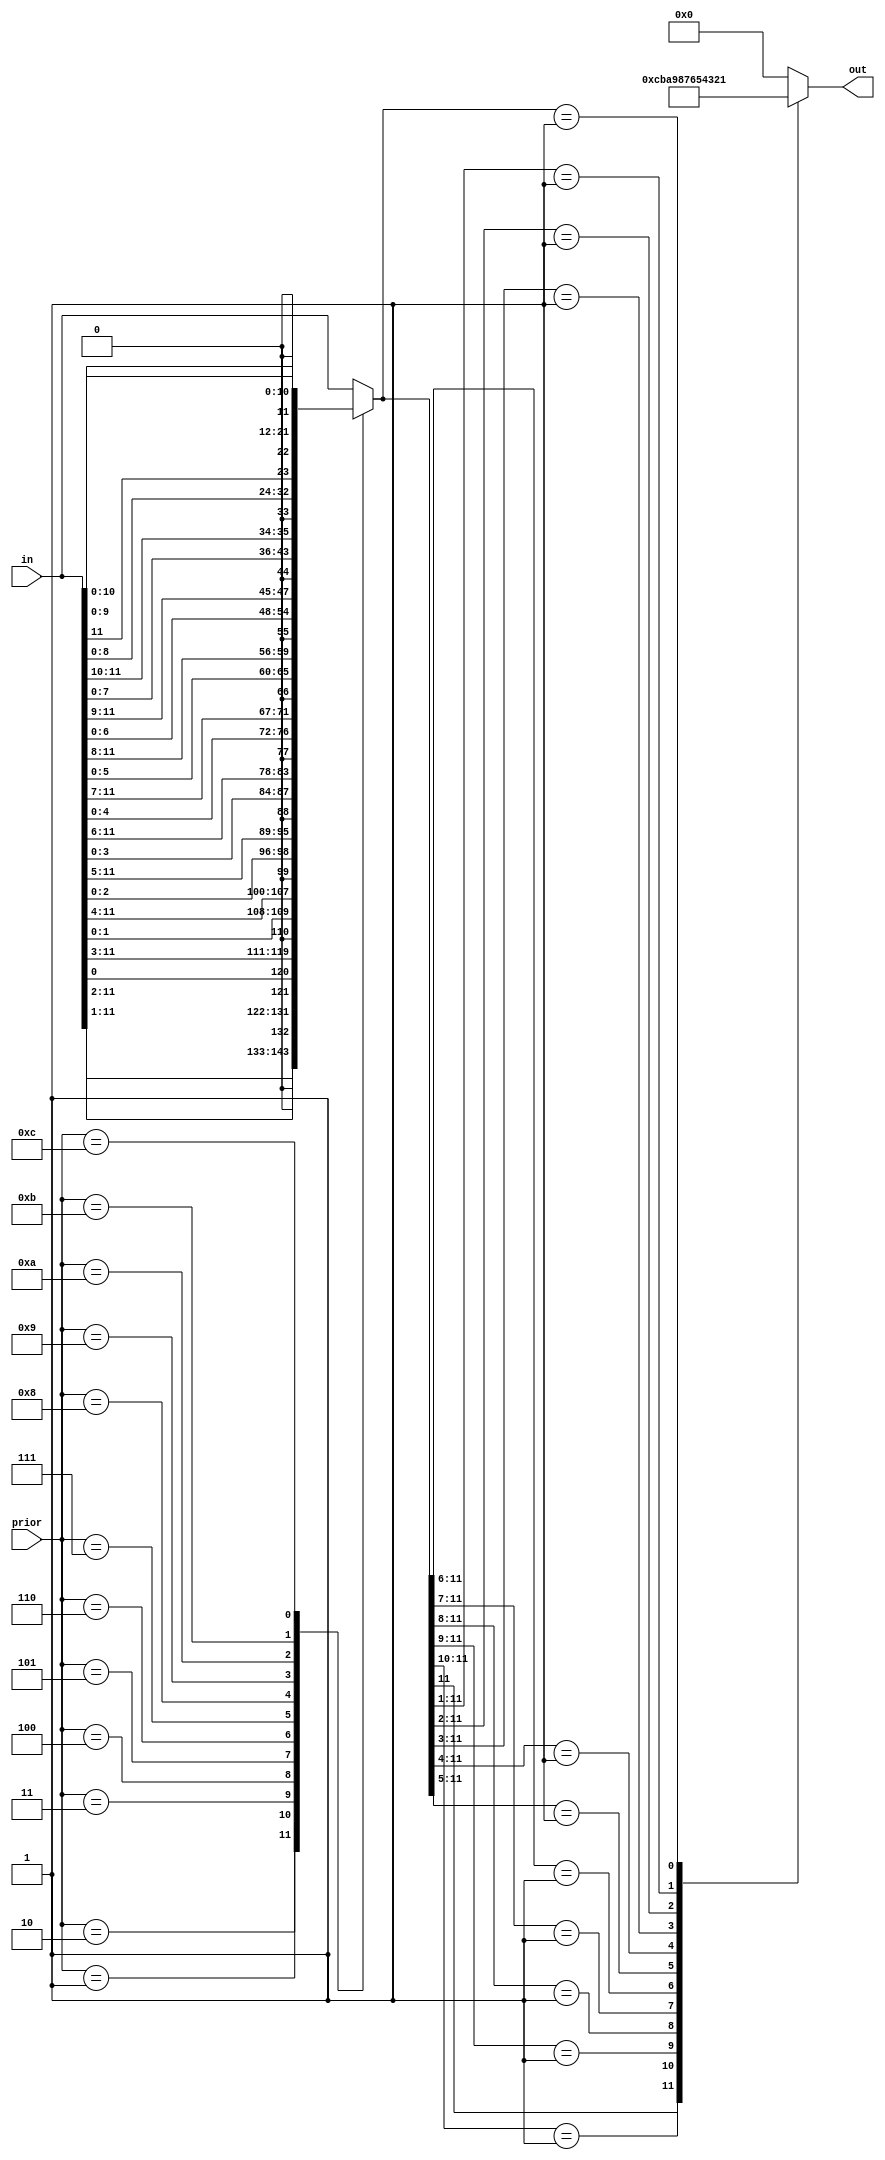
module priorencoder(out,in,prior);
	
	output reg [3:0]out;
	input [11:0]in;
	input [3:0]prior;
	
	reg [11:0]inI;
	
	always @*
	begin
		case(prior)
			4'h1:
				inI={in[11:1],1'b0};
			4'h2:
				inI={in[11:2],1'b0,in[0]};
			4'h3:
				inI={in[11:3],1'b0,in[1:0]};
			4'h4:
				inI={in[11:4],1'b0,in[2:0]};
			4'h5:
				inI={in[11:5],1'b0,in[3:0]};
			4'h6:
				inI={in[11:6],1'b0,in[4:0]};
			4'h7:
				inI={in[11:7],1'b0,in[5:0]};
			4'h8:
				inI={in[11:8],1'b0,in[6:0]};
			4'h9:
				inI={in[11:9],1'b0,in[7:0]};
			4'ha:
				inI={in[11:10],1'b0,in[8:0]};
			4'hb:
				inI={in[11],1'b0,in[9:0]};
			4'hc:
				inI={1'b0,in[10:0]};
			default:
				inI=in;
		endcase
		
		casez(inI)
			12'b1???????????:
				out=4'hc;
			12'b01??????????:
				out=4'hb;
			12'b001?????????:
				out=4'ha;
			12'b0001????????:
				out=4'h9;
			12'b00001???????:
				out=4'h8;
			12'b000001??????:
				out=4'h7;
			12'b0000001?????:
				out=4'h6;
			12'b00000001????:
				out=4'h5;
			12'b000000001???:
				out=4'h4;
			12'b0000000001??:
				out=4'h3;
			12'b00000000001?:
				out=4'h2;
			12'b000000000001:
				out=4'h1;
			default:
				out=4'h0;
		endcase
	end
	
endmodule

module dualpriorenc(first,second,in);
	
	output [3:0]first,second;
	input [11:0]in;
	
	wire [3:0]prior;
	
	assign prior=first;
	
	priorencoder pe1(first,in,4'h0);
	priorencoder pe2(second,in,prior);
	
endmodule